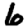
Digit: 6